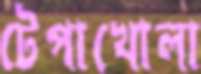
টেপাখোলা